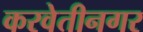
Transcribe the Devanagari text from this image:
करवेतीनगर